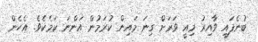
ބުނެފައި ވާއިރު މިއީ ވަރަށް ގިނަ މައިން ކުރަމުން އަންނަ ކަމެކެވެ. އެހެން